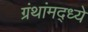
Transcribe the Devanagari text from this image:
ग्रंथांमद्ध्ये